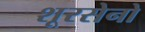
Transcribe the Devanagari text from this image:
शूरसेनो